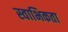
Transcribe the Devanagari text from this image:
स्वाभिकता